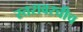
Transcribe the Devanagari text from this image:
स्तरावरचीच